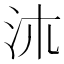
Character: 㳈